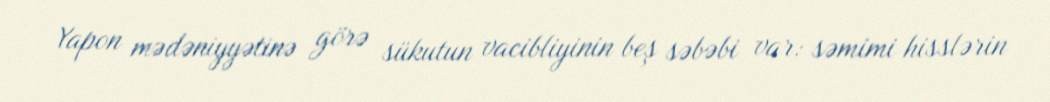
Yapon mədəniyyətinə görə sükutun vacibliyinin beş səbəbi var: səmimi hisslərin